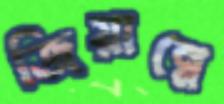
জিয়ান্নে